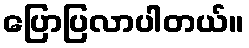
ပြောပြလာပါတယ်။